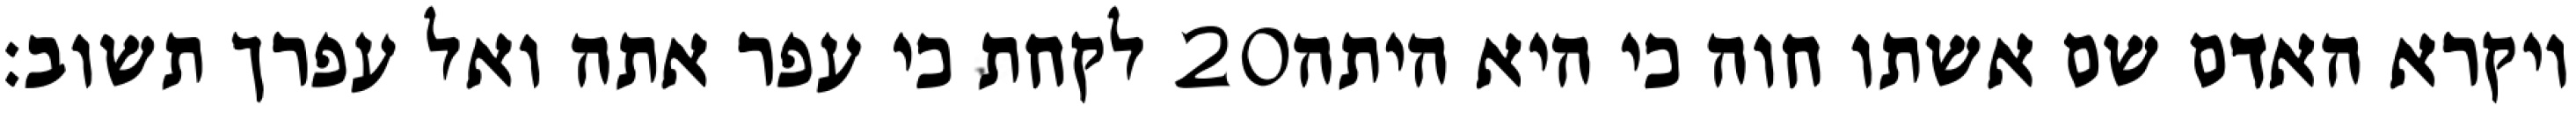
לקחת כי עפר אתה ואל עפרך תשוב׃ ‎20‏ ויקרא האדם שם אשתו חוה כי היא היתה